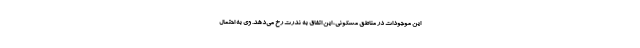
این موجودات در مناطق مسکونی، این اتفاق به ندرت رخ می‌دهد. وی به احتمال